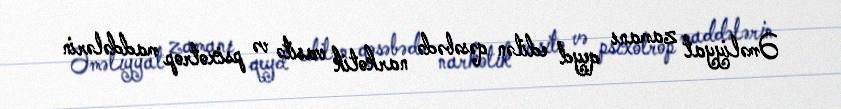
Əməliyyat zamanı qeyd edilən qəsəbədə narkotik vasitə və psixotrop maddələrin